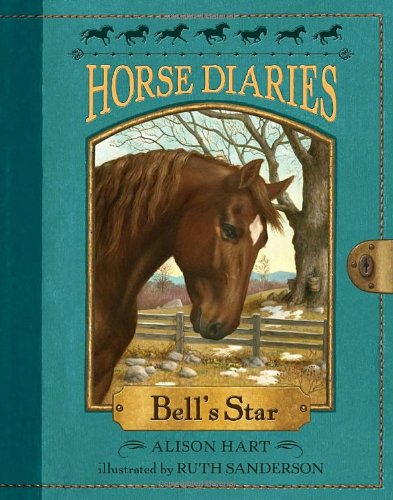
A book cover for Horse Diaries #2: Bell's Star; Alison Hart; Children's Books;